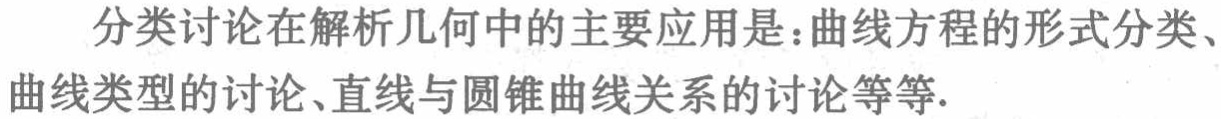
分类讨论在解析几何中的主要应用是：曲线方程的形式分类、曲线类型的讨论、直线与圆锥曲线关系的讨论等等.